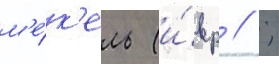
м'е́к'ель (и́вр // ;